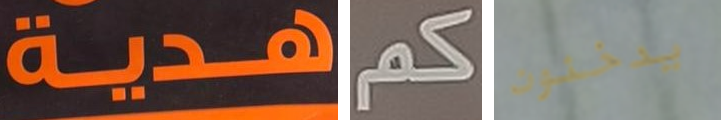
هدية كم يدخنون